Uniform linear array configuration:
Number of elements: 24
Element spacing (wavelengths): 0.25
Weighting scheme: hamming
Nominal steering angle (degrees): -45
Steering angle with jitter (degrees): -43.372
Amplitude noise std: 0.05
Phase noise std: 0.05

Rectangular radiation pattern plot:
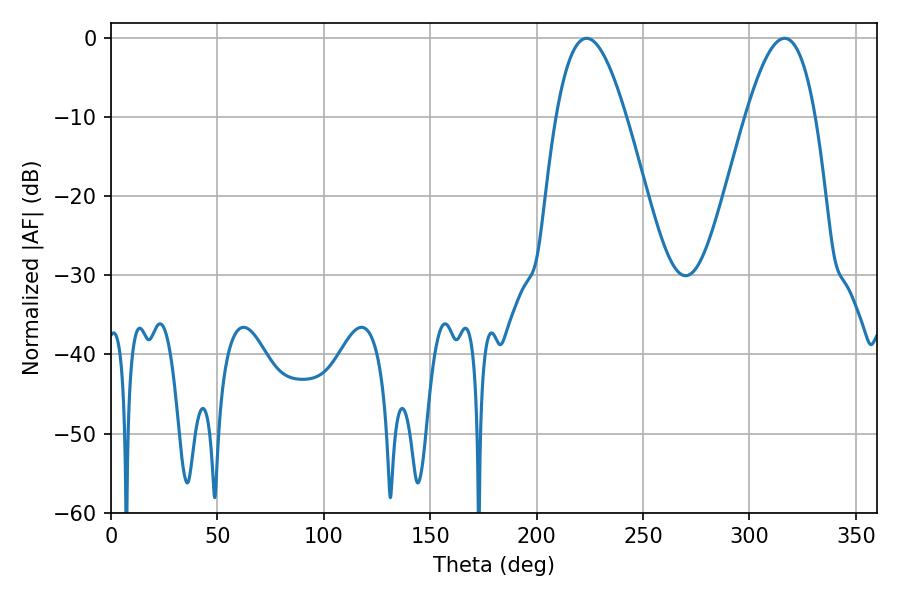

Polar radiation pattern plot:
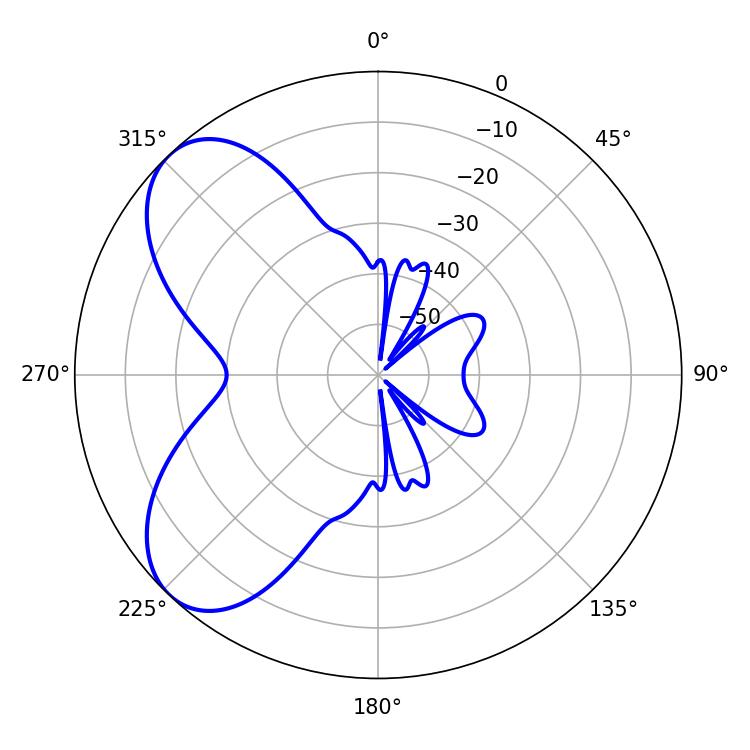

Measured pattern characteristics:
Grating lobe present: FALSE
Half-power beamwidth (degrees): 18
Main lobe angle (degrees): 223.56